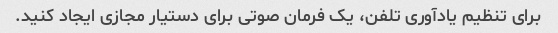
برای تنظیم یادآوری تلفن، یک فرمان صوتی برای دستیار مجازی ایجاد کنید.